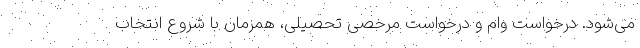
می‌شود. درخواست وام و درخواست مرخصی تحصیلی، همزمان با شروع انتخاب